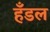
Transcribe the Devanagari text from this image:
हँडल